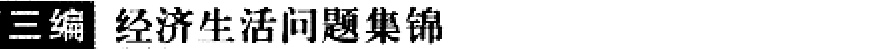
三编 经济生活问题集锦